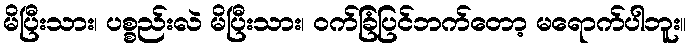
မိပြီးသား၊ ပစ္စည်းလဲ မိပြီးသား၊ ဝက်ခြံပြင်ဘက်တော့ မရောက်ပါဘူး။